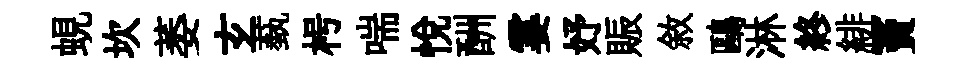
蜆坎萎𤣥蓺枵喘悅酬霎妤賑敘鷗淋終緋竇